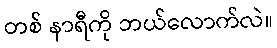
တစ် နာရီကို ဘယ်လောက်လဲ။